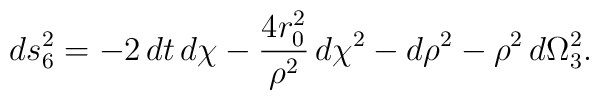
ds_6^2 = -2\,dt\,d\chi -\frac{4r_0^2}{\rho^{2}}\,d\chi^2 - d\rho^2 -\rho^2\,d\Omega_3^2.